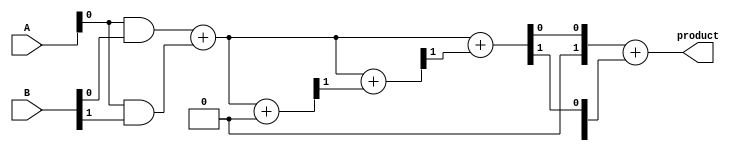
module WallaceTreeMultiplier #(parameter N = 4) (
    input  [N-1:0] A,
    input  [N-1:0] B,
    output reg [2*N-1:0] product
);
    wire [N-1:0] pp [0:N-1]; // Partial products
    wire [2*N-1:0] sum [0:N-1]; // Sums at each stage
    wire [2*N-1:0] carry [0:N-1]; // Carries at each stage

    // Generate partial products
    genvar i;
    generate
        for (i = 0; i < N; i = i + 1) begin : partial_product_gen
            assign pp[i] = A & { {N{i}}, B[i] }; // AND A with each bit of B
        end
    endgenerate

    // Wallace Tree Reduction
    integer stage, j;
    always @(*) begin
        // Initialize sums and carries
        for (j = 0; j < N; j = j + 1) begin
            sum[0][j] = pp[j][0];
            sum[0][j + N] = pp[j][1];
            carry[0][j] = 0;
        end

        // Reduce the partial products
        for (stage = 1; stage < N; stage = stage + 1) begin
            for (j = 0; j < (2*N/2**stage); j = j + 1) begin
                if (j < (1 << (stage - 1))) begin
                    // Use Full Adder
                    {carry[stage][j], sum[stage][j]} = pp[j][0] + pp[j + 1][0] + carry[stage - 1][j];
                end else begin
                    // Use Half Adder
                    {carry[stage][j], sum[stage][j]} = pp[j][0] + carry[stage - 1][j];
                end
            end
        end

        // Final addition
        product = sum[N-1] + carry[N-1];
    end

endmodule